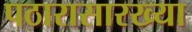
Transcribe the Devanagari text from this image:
पठारासारख्या